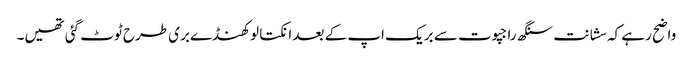
واضح رہے کہ سشانت سنگھ راجپوت سے بریک اپ کے بعد انکتا لوکھنڈے بری طرح ٹوٹ گئی تھیں۔